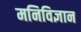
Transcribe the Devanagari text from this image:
मनिविज्ञान